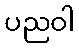
ပညဝါ